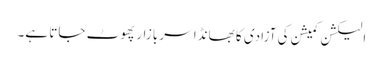
الیکشن کمیشن کی آزادی کا بھانڈا سر بازار پھوٹ جاتا ہے۔